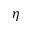
\eta